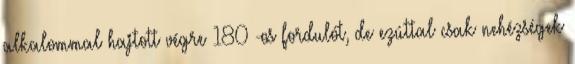
alkalommal hajtott végre 180°-os fordulót, de ezúttal csak nehézségek